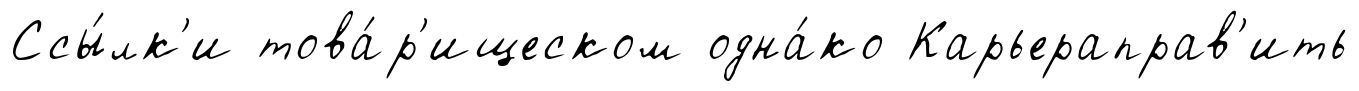
Ссы́лк'и това́р'ищеском одна́ко Карьераправ'ить